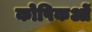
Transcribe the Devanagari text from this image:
कोषिकओं